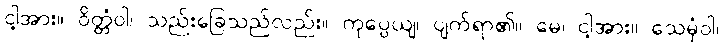
ငါ့အား။ ဝိတ္တံဝါ၊ သည်းခြေသည်လည်း။ ကုပ္ပေယျ၊ ပျက်ရာ၏။ မေ၊ ငါ့အား။ သေမှံဝါ၊